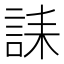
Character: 誄